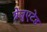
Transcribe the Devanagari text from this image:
ग्रेजुएटेड